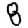
Digit: 8